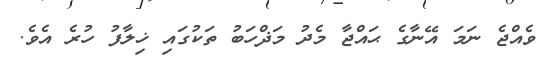
ވެއްޖެ ނަމަ އޭނާގެ ޙައްޖާ މެދު މަޛްހަބު ތަކުގައި ޚިލާފު ހުރެ އެވެ.